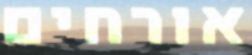
אורחים